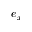
e _ { x }